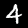
Label: 4